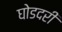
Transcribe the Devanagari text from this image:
घोडदरी